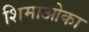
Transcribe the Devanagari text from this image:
शिमाओका